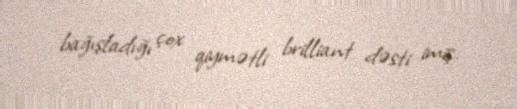
bağışladığı çox qiymətli brilliant dəsti imiş.